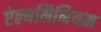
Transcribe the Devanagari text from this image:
ऐल्यमिनियम